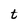
Character: t